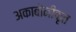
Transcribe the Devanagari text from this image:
अकाबोनीकृत